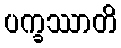
ပက္ခဿာတိ